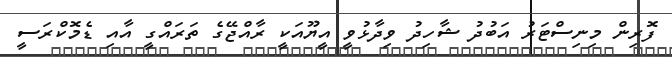
ފޮރިން މިނިސްޓަރު އަބުދު ޝާހިދު ވިދާޅުވީ އީޔޫއަކީ ރާއްޖޭގެ ތަރައްގީ އާއި ޑެމޮކްރަސީ